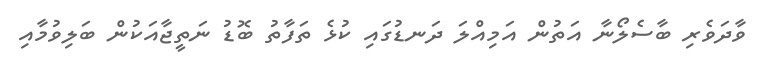
ވާދަވެރި ބާސެލޯނާ އަތުން އަމިއްލަ ދަނޑުގައި ކުޅެ ތަފާތު ބޮޑު ނަތީޖާއަކުން ބަލިވުމާއި